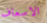
الاسعاف